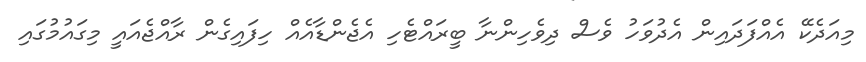
މިއަދެކޭ އެއްފަދައިން އެދުވަހު ވެސް ދިވެހިންނާ ބީރައްޓެހި އެޖެންޑާއެއް ހިފައިގެން ރާއްޖެއައީ މިގައުމުގައި